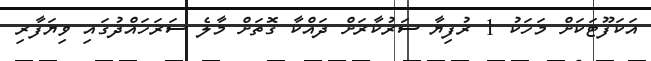
އަކަފޫޓަކަށް މަހަކު 1 ރުފިޔާ ސަރުކާރަށް ދައްކާ ގޮތަށް މާލެ ސަރަހައްދުގައި ވިޔަފާރި